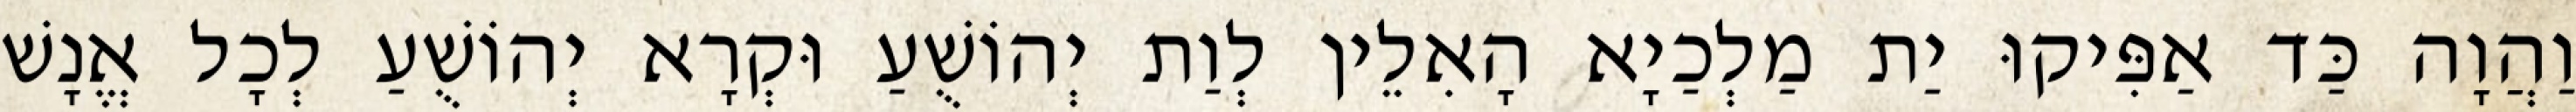
וַהֲוָה כַּד אַפִּיקוּ יַת מַלְכַיָא הָאִלֵין לְוַת יְהוֹשֻׁעַ וּקְרָא יְהוֹשֻׁעַ לְכָל אֱנָשׁ